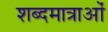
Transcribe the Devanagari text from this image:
शब्दमात्राओं